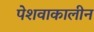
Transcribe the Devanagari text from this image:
पेशवाकालीन